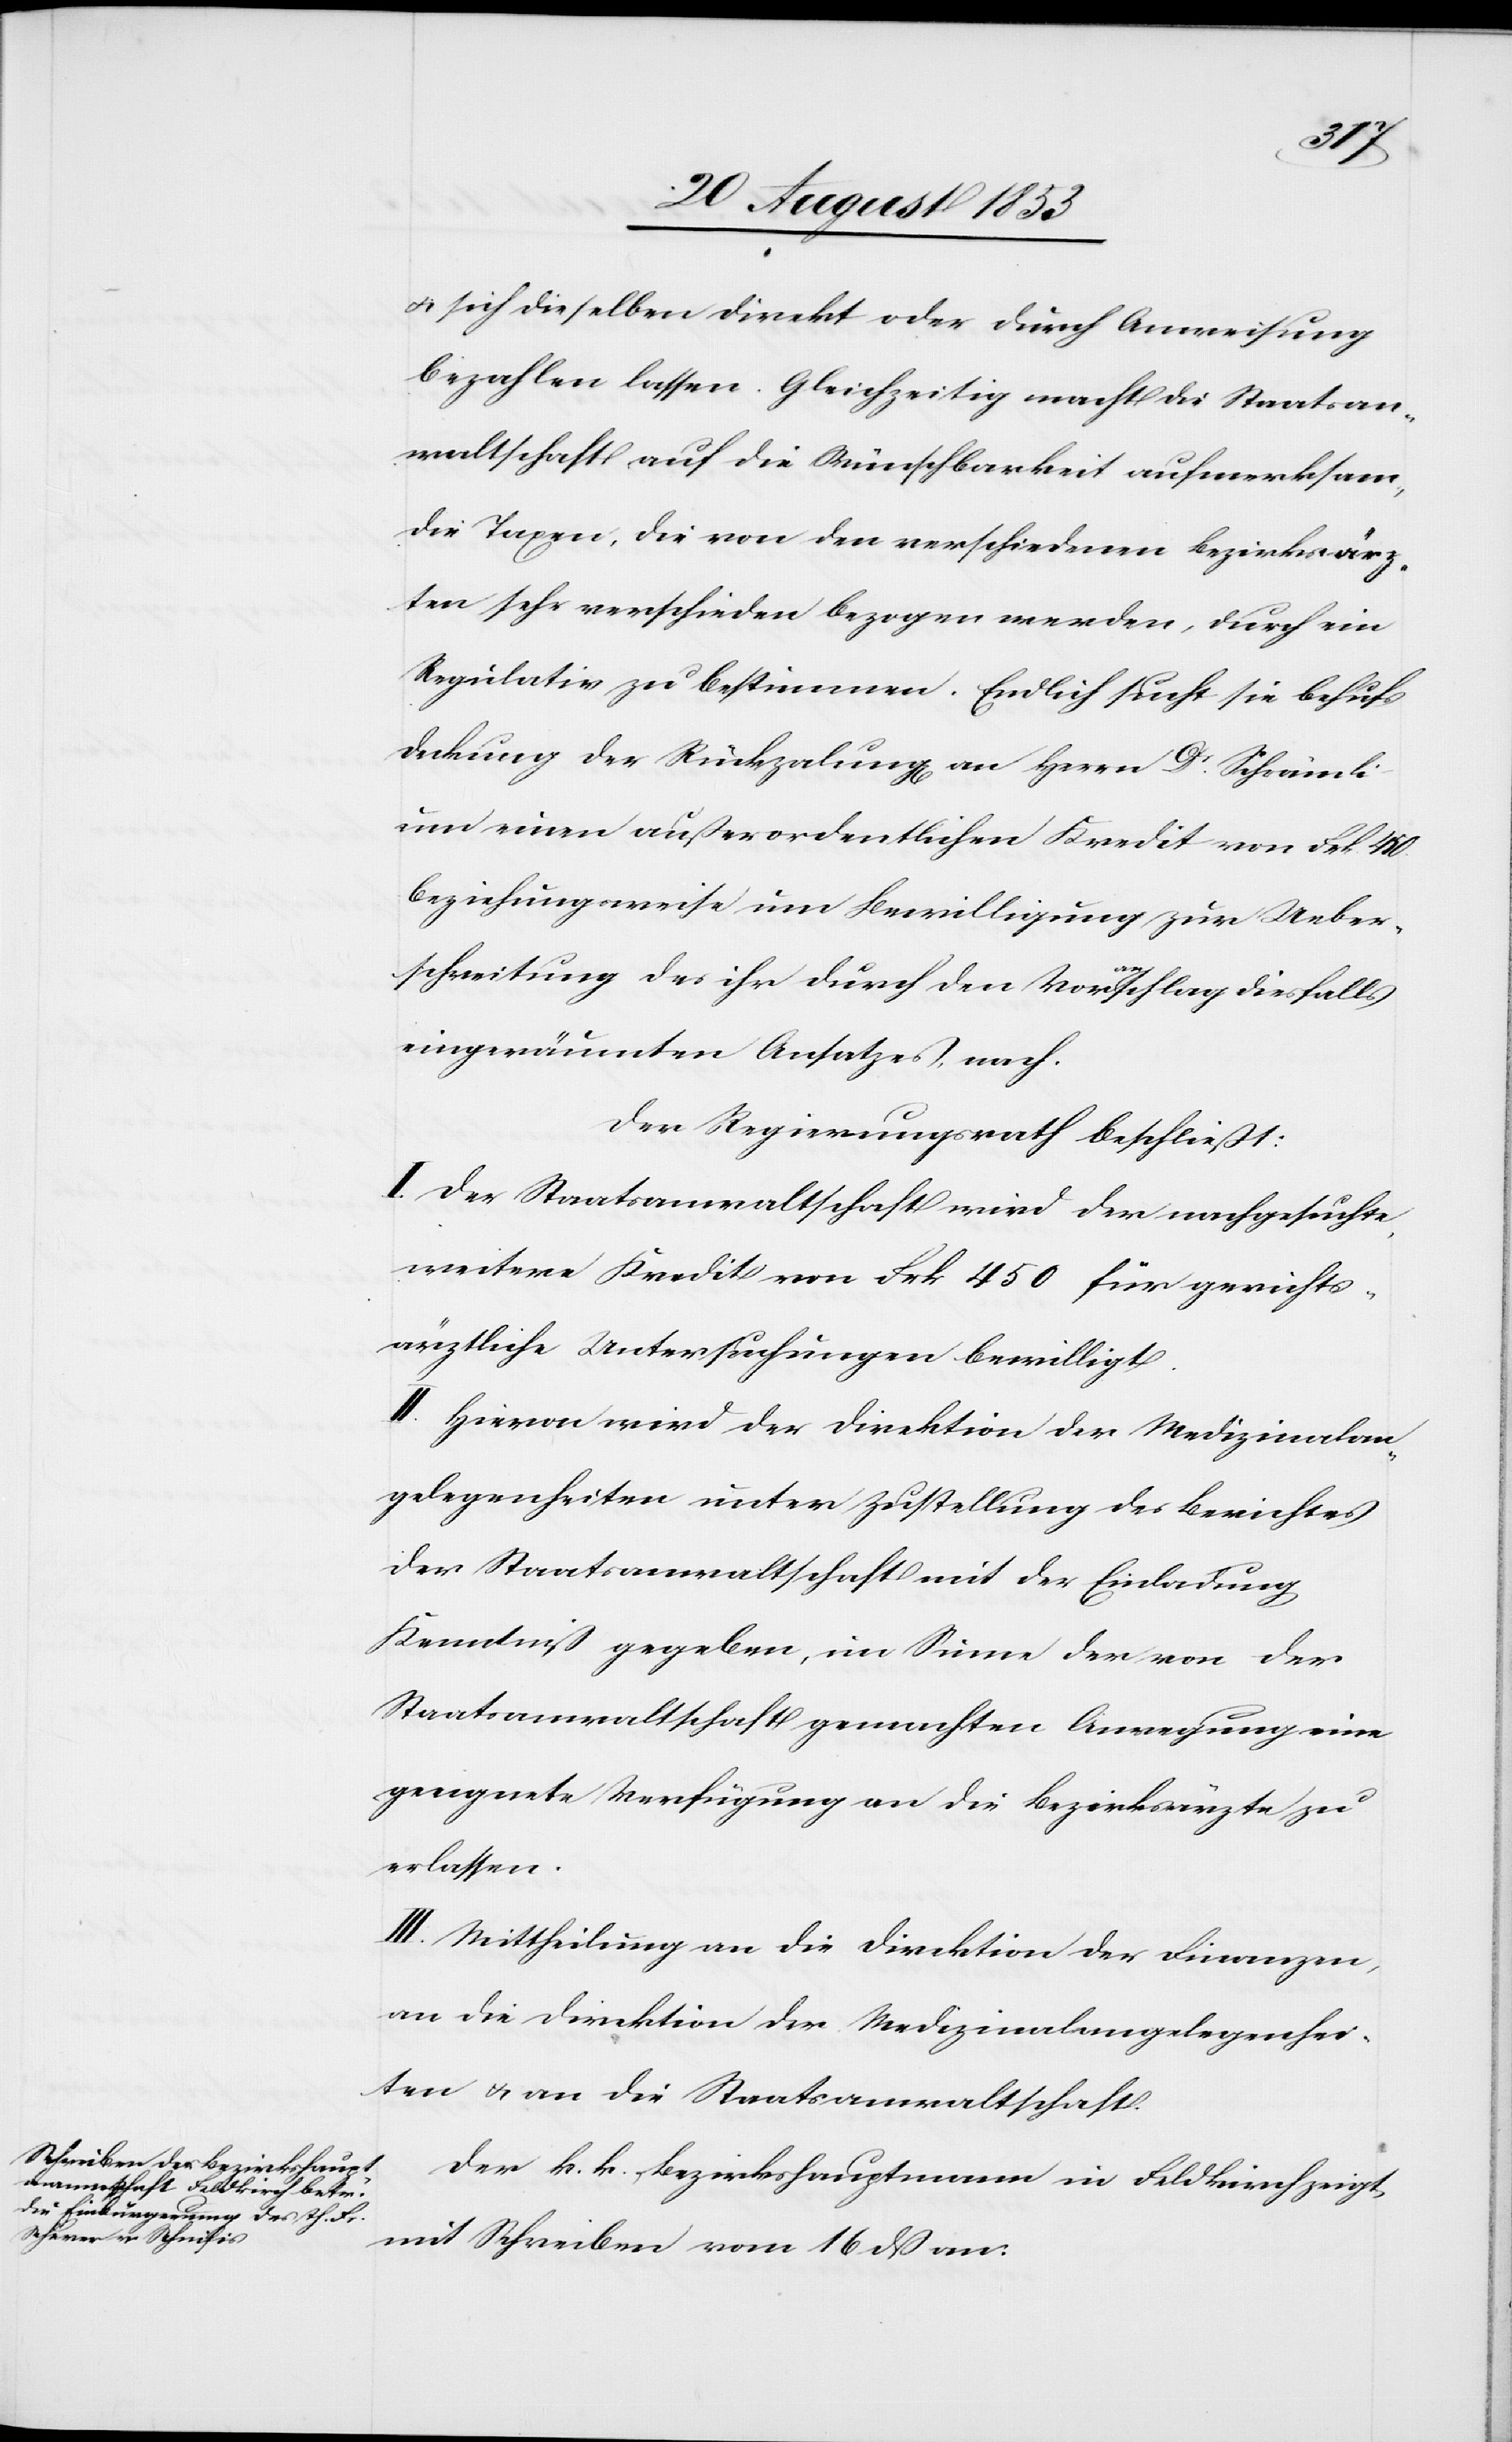
u. sich dieselben direkt oder durch Anweisung
bezahlen lassen. Gleichzeitig macht die Staatsan¬
waltschaft auf die Wünschbarkeit aufmerksam,
die Taxen, die von den verschiedenen Bezirksärz¬
ten sehr verschieden bezogen werden, durch ein
Regulativ zu bestimmen. Endlich sucht sie behufs
Deckung der Rückzahlung[en] an Herrn Dr Schrämli
um einen außerordentlichen Kredit von Frk. 450
beziehungsweise um Bewilligung zur Ueber¬
schrift des ihr durch den Voranschlag diesfalls
eingeräumten Ansatzes nach.
Der Regierungsrath beschließt:
I. Der Staatsanwaltschaft wird der nachgesuchte
weitere Kredit von Frk. 450 für gerichts¬
ärztliche Untersuchungen bewilligt.
II. Hievon wird der Direktion der Medizinalan¬
gelegenheiten unter Zustellung des Berichtes
der Staatsanwaltschaft mit der Einladung
Kenntniß gegeben, im Sinne der von der
Staatsanwaltschaft gemachten Anregungen eine
geeignete Verfügung an die Bezirksärzte zu
erlassen.
III. Mittheilung an die Direktion der Finanzen,
an die Direktion der Medizinalangelegenhei¬
ten u. an die Staatsanwaltschaft.
Der k. k. Bezirkshauptmann in Feldkirch zeigt
mit Schreiben vom 16 dß an: